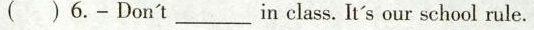
（）6.- Don’t ___ in class. It's our school rule.